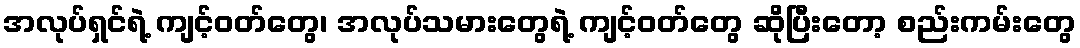
အလုပ်ရှင်ရဲ့ ကျင့်ဝတ်တွေ၊ အလုပ်သမားတွေရဲ့ ကျင့်ဝတ်တွေ ဆိုပြီးတော့ စည်းကမ်းတွေ